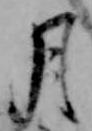
月